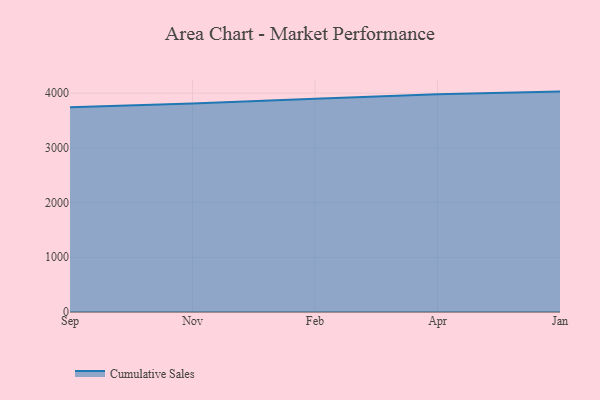
{"axis": {"x": "Month", "y": "Tickets Resolved"}, "legend": ["Cumulative Sales"], "data": [{"x": "Sep", "y": 3744.1, "type": "Cumulative Sales"}, {"x": "Nov", "y": 3810.6, "type": "Cumulative Sales"}, {"x": "Feb", "y": 3898.4, "type": "Cumulative Sales"}, {"x": "Apr", "y": 3979.4, "type": "Cumulative Sales"}, {"x": "Jan", "y": 4028.7, "type": "Cumulative Sales"}]}